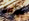
للإثارة